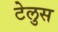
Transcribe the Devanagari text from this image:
टेलुस